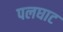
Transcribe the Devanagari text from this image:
पलघाट